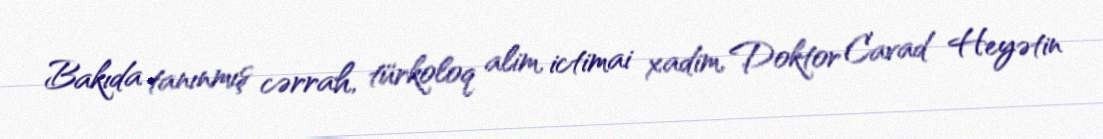
Bakıda tanınmış cərrah, türkoloq alim, ictimai xadim, Doktor Cavad Heyətin